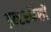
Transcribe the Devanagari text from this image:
इन्टरफेसों